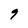
Character: 9